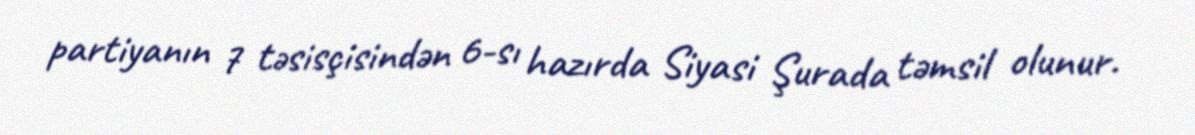
partiyanın 7 təsisçisindən 6-sı hazırda Siyasi Şurada təmsil olunur.